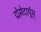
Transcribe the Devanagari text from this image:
द्रोमेदार्यूस्